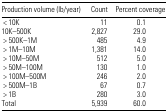
<table><thead><tr><td><b>Production volume (lb/year)</b></td><td><b>Count</b></td><td><b>Percent coverage</b></td></tr></thead><tbody><tr><td>&lt; 10K</td><td>11</td><td>0.1</td></tr><tr><td>10K–500K</td><td>2,827</td><td>29.0</td></tr><tr><td>&gt; 500K–1M</td><td>485</td><td>4.9</td></tr><tr><td>&gt; 1M–10M</td><td>1,381</td><td>14.0</td></tr><tr><td>&gt; 10M–50M</td><td>512</td><td>5.0</td></tr><tr><td>&gt; 50M–100M</td><td>130</td><td>1.0</td></tr><tr><td>&gt; 100M–500M</td><td>246</td><td>2.0</td></tr><tr><td>&gt; 500M–1B</td><td>67</td><td>0.7</td></tr><tr><td>&gt; 1B</td><td>280</td><td>3.0</td></tr><tr><td>Total</td><td>5,939</td><td>60.0</td></tr></tbody></table>